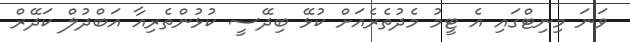
ވަނަ މިނިޓްގައި އެ ޓީމު މެދުތެރެއަށް ކުޅޭ ބިދޭސީ ކުޅުންތެރިއާ އަބްދުލް ކަދޭރް